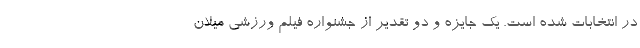
در انتخابات شده است. یک جایزه و دو تقدیر از جشنواره فیلم ورزشی میلان